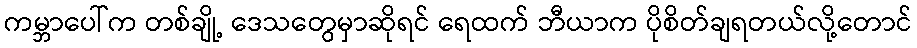
ကမ္ဘာပေါ်က တစ်ချို့ ဒေသတွေမှာဆိုရင် ရေထက် ဘီယာက ပိုစိတ်ချရတယ်လို့တောင်